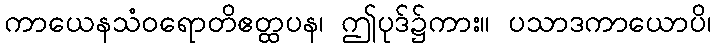
ကာယေနသံဝရောတိဧတ္ထပန၊ ဤပုဒ်၌ကား။ ပသာဒကာယောပိ၊